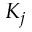
K _ { j }